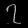
Digit: ၇